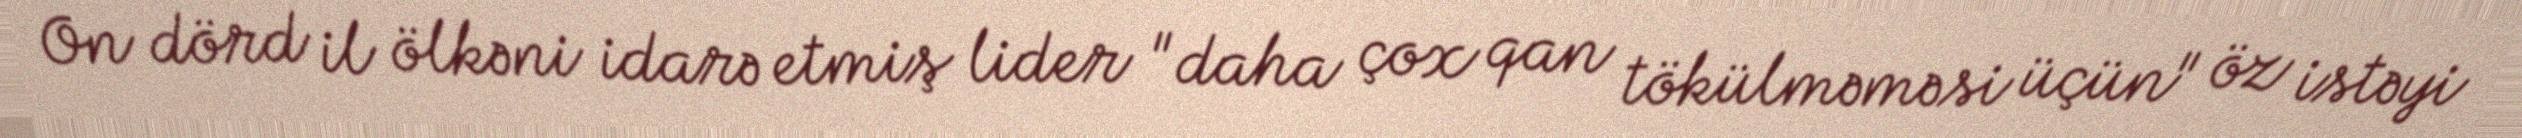
On dörd il ölkəni idarə etmiş lider "daha çox qan tökülməməsi üçün" öz istəyi